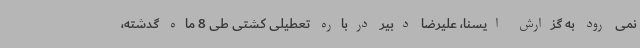
نمی رود به گزارش ایسنا، علیرضا دبیر درباره تعطیلی کشتی طی 8 ماه گدشته،